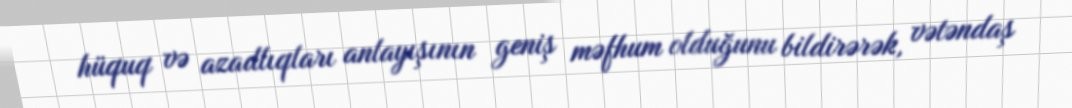
hüquq və azadlıqları anlayışının geniş məfhum olduğunu bildirərək, vətəndaş